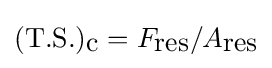
({\mbox{T.S.}})_{\mbox{c}}=F_{\mbox{res}}/A_{\mbox{res}}